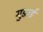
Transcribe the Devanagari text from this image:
गुङाई